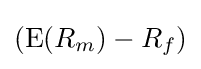
(\operatorname {E} (R_{m})-R_{f})